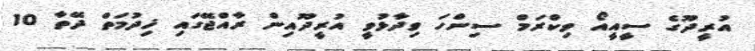
އުުރީދޫގެ ސީއީއޯ ވިކްރަމް ސިންހަ ވިދާޅުވީ އުރީދޫއިން ރާއްޖޭގައި ޚިދުމަތް ދޭތާ 10